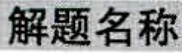
解题名称